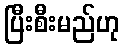
ပြီးစီးမည်ဟု